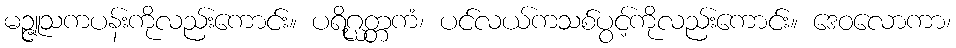
မဉ္ဇူသကပန်းကိုလည်းကောင်း။ ပရိဂ္ဃတ္တကံ၊ ပင်လယ်ကသစ်ပွင့်ကိုလည်းကောင်း။ ဒေဝလောကာ၊